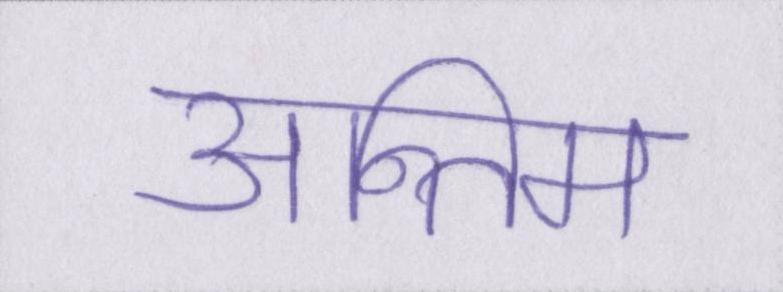
अन्तिम